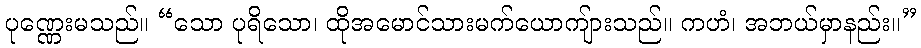
ပုဏ္ဏေးမသည်။ “သော ပုရိသော၊ ထိုအမောင်သားမက်ယောကျ်ားသည်။ ကဟံ၊ အဘယ်မှာနည်း။”